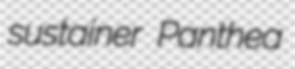
sustainer Panthea